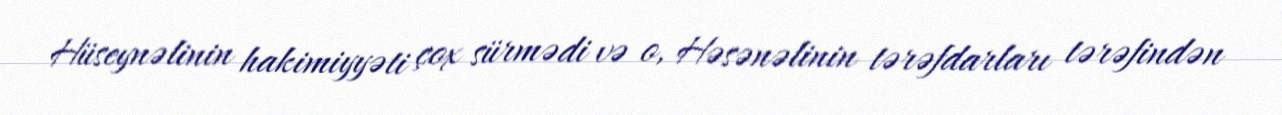
Hüseynəlinin hakimiyyəti çox sürmədi və o, Həsənəlinin tərəfdarları tərəfindən